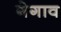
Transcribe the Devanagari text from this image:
गेगाव